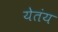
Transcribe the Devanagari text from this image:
येतंय